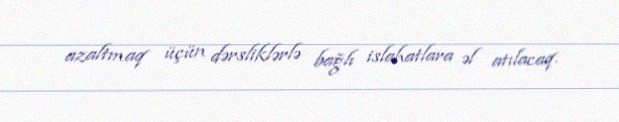
azaltmaq üçün dərsliklərlə bağlı islahatlara əl atılacaq.